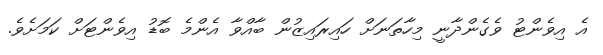
އެ އިވެންޓު ވެގެންދާނީ މިހާތަނަށް ހައިރައިޒުން ބާއްވާ އެންމެ ބޮޑު އިވެންޓަށް ކަމަށެވެ.